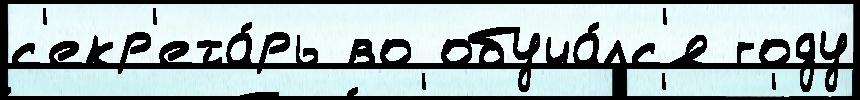
с'екр'ета́рь во обуча́лс'я году